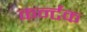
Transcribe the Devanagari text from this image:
कर्न्टक